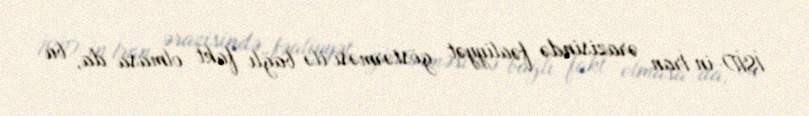
İŞİD-in İran ərazisində fəaliyyət göstərməsi ilə bağlı fakt olmasa da, bu